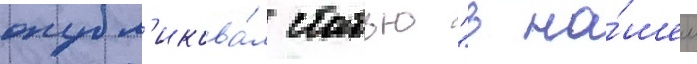
опубл'икова́л статью "в на́шем